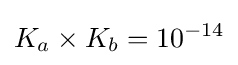
K_{a}\times K_{b}=10^{-14}